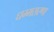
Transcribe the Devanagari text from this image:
धम्मसरणा